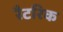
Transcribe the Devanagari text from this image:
रैटरिक